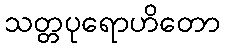
သတ္တပုရောဟိတော